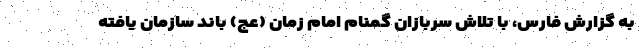
به گزارش فارس، با تلاش سربازان گمنام امام زمان (عج) باند سازمان یافته